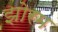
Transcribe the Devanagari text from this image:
झोरम